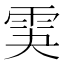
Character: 𩂃